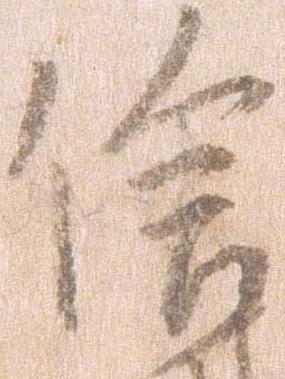
信